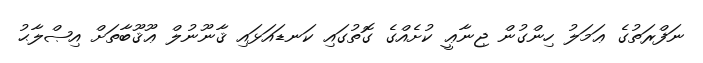
ނަފްރަތުގެ ޢަމަލު ހިންގުން ޖިނާޢީ ކުށެއްގެ ގޮތުގައި ކަނޑައަޅައި ޤާނޫނުލް ޢޫޤޫބާތަށް އިޞްލާޙު